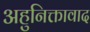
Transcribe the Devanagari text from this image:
अहुनिक्तावाद